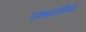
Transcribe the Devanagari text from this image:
एक्सप्लोसिव्स